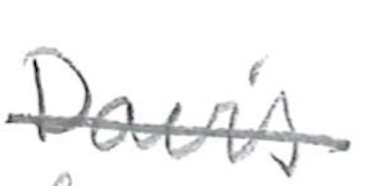
Text: Davis
Cross-out: mix
Writing tool: pencil